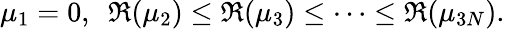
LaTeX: \mu_{1}=0,~~\Re(\mu_{2})\le\Re(\mu_{3})\le\cdots\le\Re(\mu_{3N}).